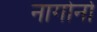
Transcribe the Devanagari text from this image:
नागोर्नो